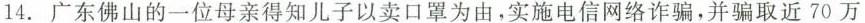
14.广东佛山的一位母亲得知儿子以卖口罩为由，实施电信网络诈骗，并骗取近70万